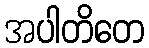
အပါတိတေ